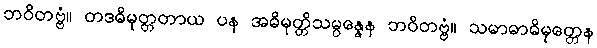
ဘဝိတဗ္ဗံ။ တဒဓိမုတ္တတာယ ပန အဓိမုတ္တိသမ္ပန္နေန ဘဝိတဗ္ဗံ။ သမာဓာဓိမုတ္တေန